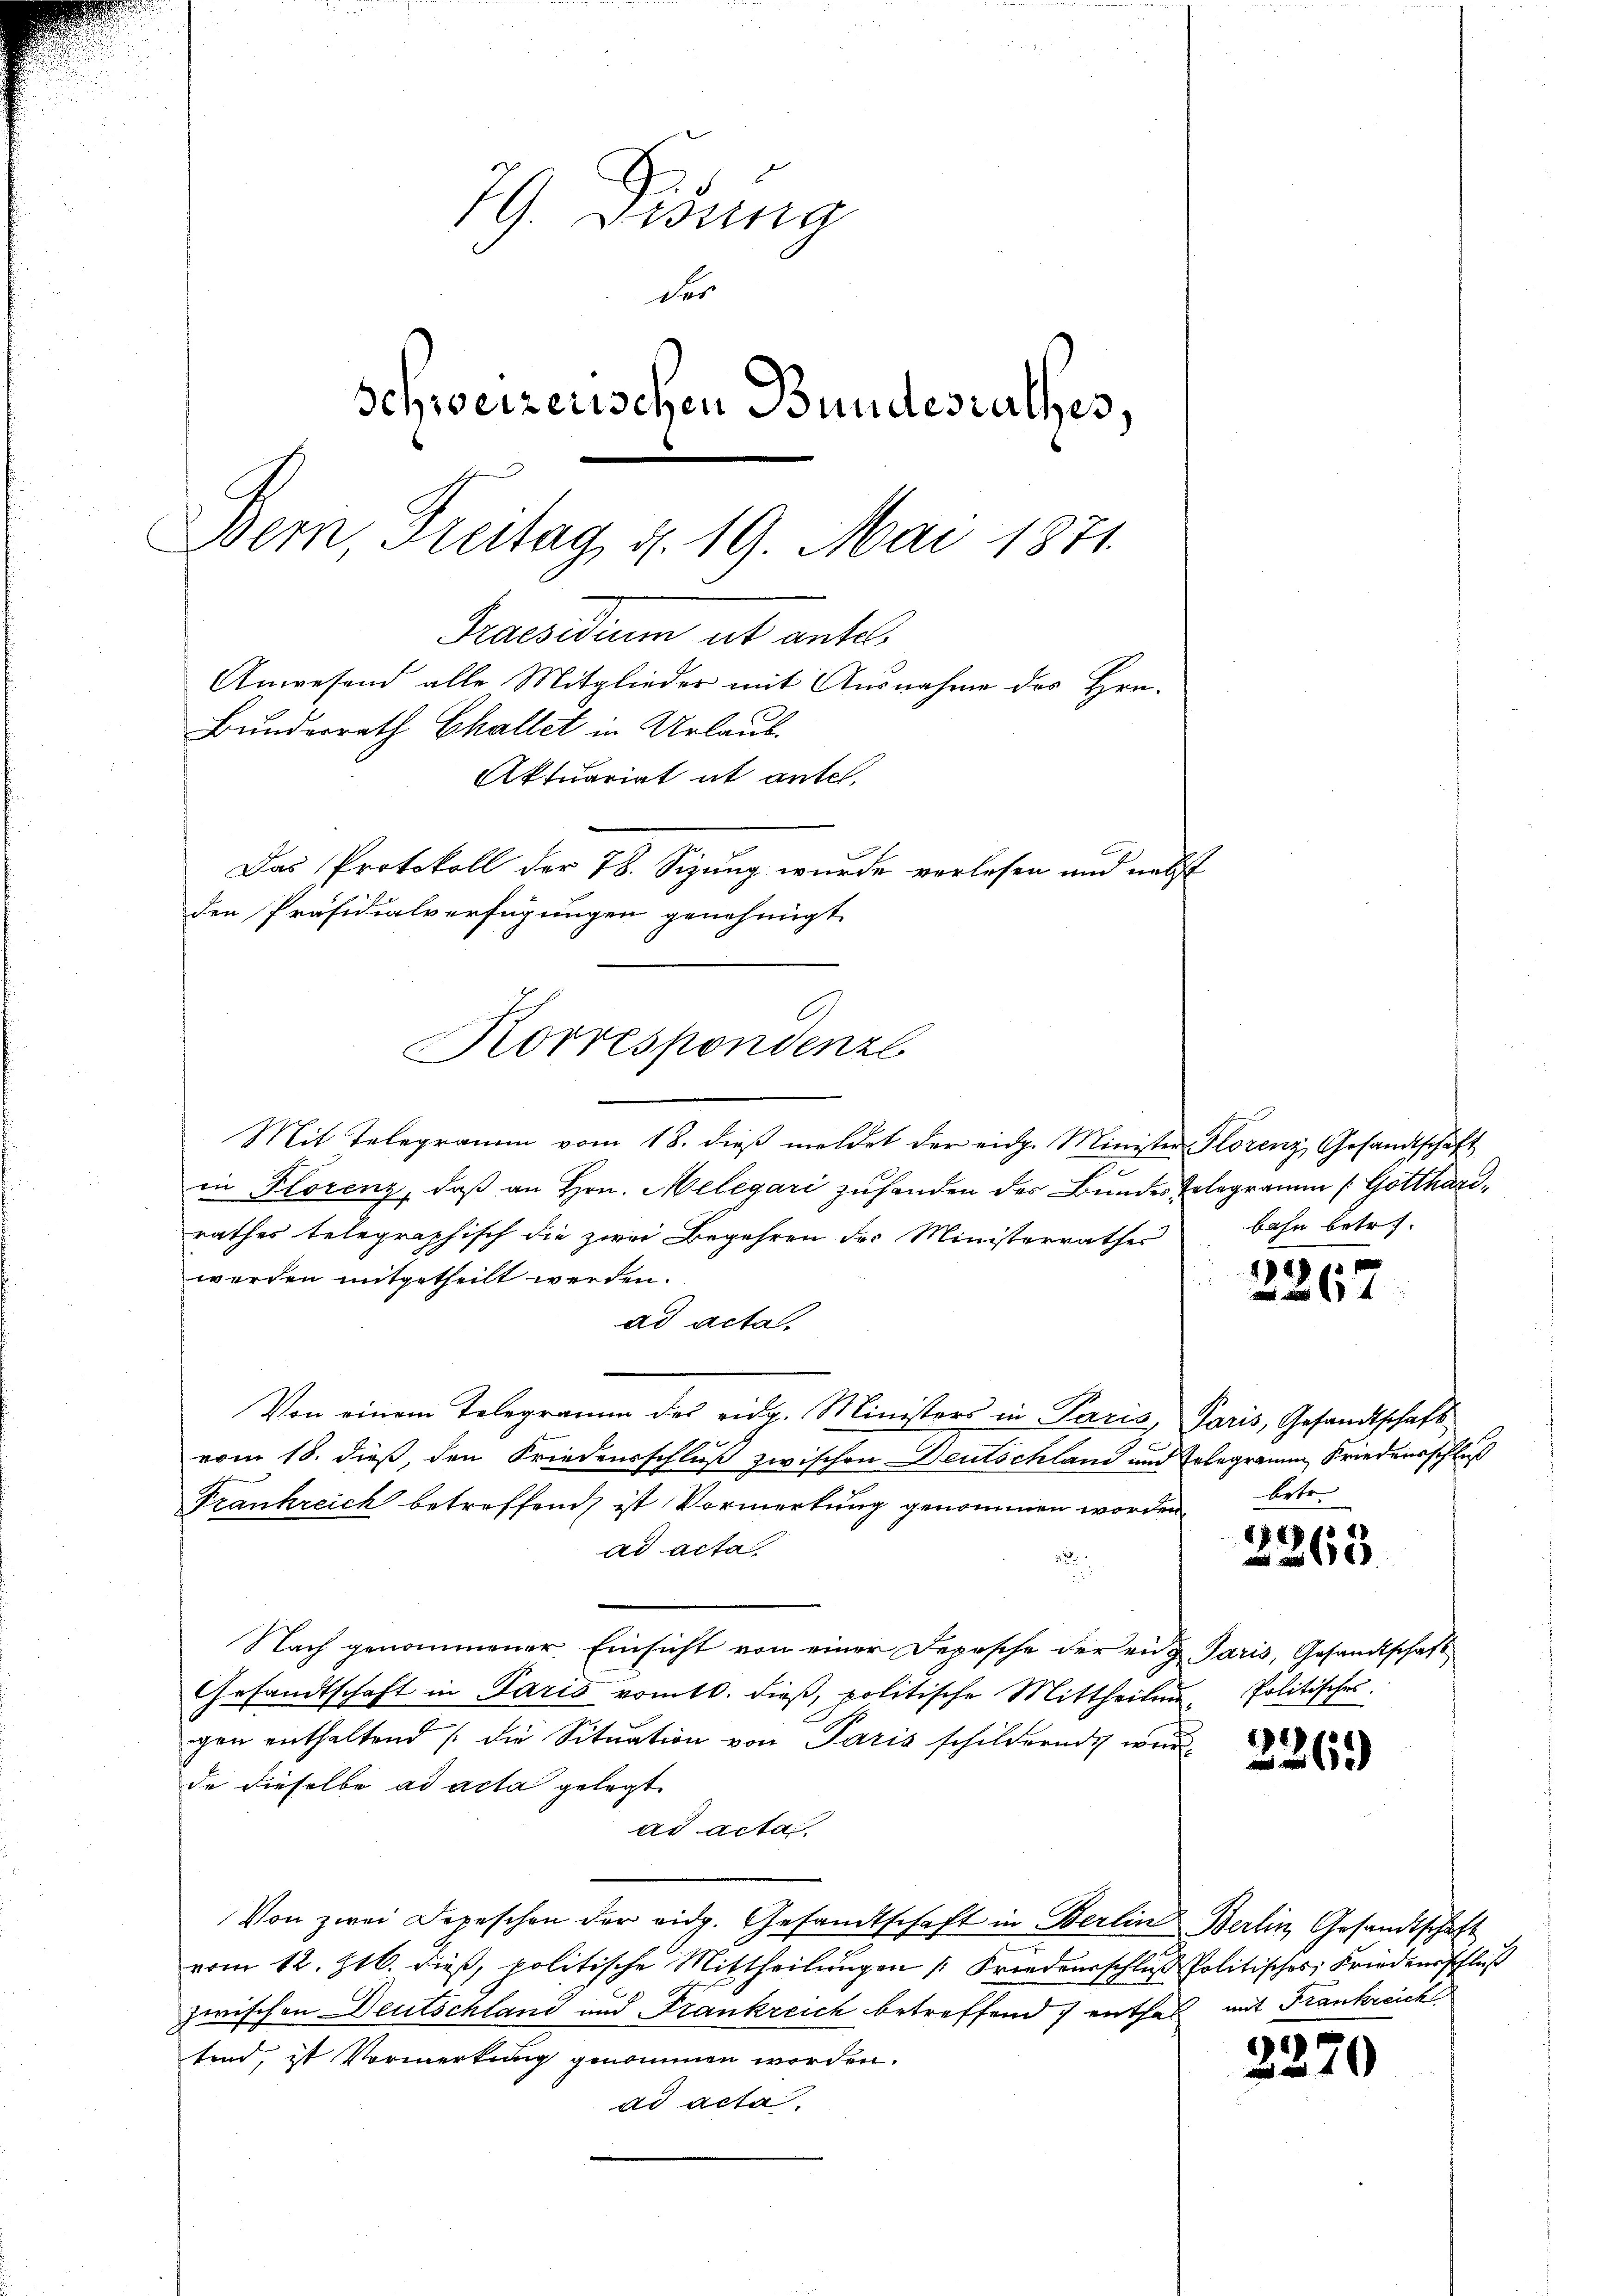
79. Gesung
der
Schweizerischen Bundesrathes,
Bern, Freitag, d. 19. Mai 1871.
Praesidium et antel
Anwesend alle Mitglieder mit Ausnahme des Hrn.
Bundesrath Challet in Urlaub.
Aktuariat ab antel,
Das Protokoll der 78. Sizung wurde verlesen und nebst
den Präsidialverfügungen genehmigt.

Korrespondenzl

Mit Telegramm vom 18. dieβ meldet der eidg. Minister Florenz, Gesandtschaft
in Florenz, daß an Hrn. Melegari zuhanden der Bundes Telegramm /: Gotthar
rathes telegraphisch die zwei Begehren des Ministerrathes
werden mitgetheilt werden.
ad acta.
Von einem Telegramm des eidg. Ministers in Paris, Paris, Gesandtschaft
vom 18. dieß, den Friedensschluß zwischen Deutschland und Erlegramm, Friedensschluß
Frankreich betreffend, ist Vormerkung genommen worden
ad acta
Nach genommener Einsicht von einer Depesche der eng Paris, Gesandtschaft
Gesandtschaft in Paris vom 10. dieß, politische Mittheilung, Politisches.
gen enthaltend die Situation von Paris schildernde wurd
de dieselbe ad acta gelegt
ad acta.
Von zwei Depeschen der eidg. Gesandtschaft in Berlin Berlin, Gesandtschaft
vom 12. 216. dieβ, politische Mittheilŭngen Friedensschlŭβ Politisches Friedensschluß
zwischen Deutschland und Frankreich betreffend enthal mit Frankreich
sind, ist Vormerkung genommen worden.
ad acta.

bahn betr.

44

betr.

1727
265.

192)
26)

2370